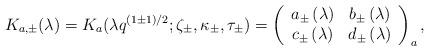
LaTeX: \begin{align*}K_{a,\pm }(\lambda )=K_{a}(\lambda q^{(1\pm 1)/2};\zeta _{\pm },\kappa _{\pm},\tau _{\pm })=\left( \begin{array}{cc}a_{\pm }\left( \lambda \right) & b_{\pm }\left( \lambda \right) \\ c_{\pm }\left( \lambda \right) & d_{\pm }\left( \lambda \right)\end{array}\right) _{a},\end{align*}